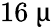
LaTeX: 16~\upmu